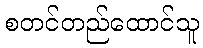
စတင်တည်ထောင်သူ